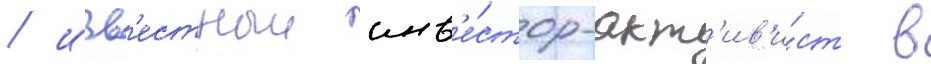
/ изв'естныи инв'е́стор-акт'ив'и́ст в